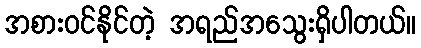
အစားဝင်နိုင်တဲ့ အရည်အသွေးရှိပါတယ်။